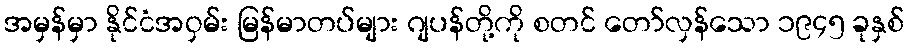
အမှန်မှာ နိုင်ငံအဝှမ်း မြန်မာတပ်များ ဂျပန်တို့ကို စတင် တော်လှန်သော ၁၉၄၅ ခုနှစ်